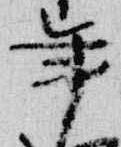
年